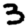
Digit: 3